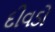
દીવડો